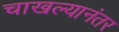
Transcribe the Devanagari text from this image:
चाखल्यानंतर